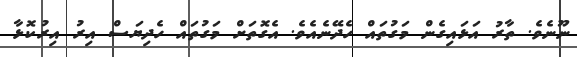
ނޫނެވެ. ތާރު އަޅައިގެން މަގުތައް ހެދޭނެއެވެ. އެގޮތަށް މަގުތައް ހެދިޔަސް އިރު އިރުކޮޅާ